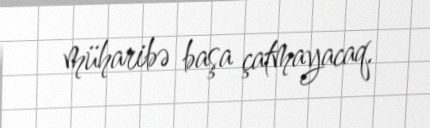
müharibə başa çatmayacaq.